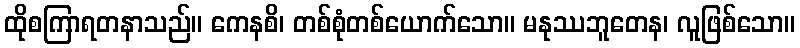
ထိုစကြာရတနာသည်။ ကေနစိ၊ တစ်စုံတစ်ယောက်သော။ မနုဿဘူတေန၊ လူဖြစ်သော။